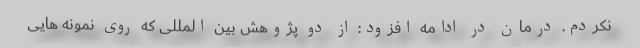
نکردم. درمان در ادامه افزود: از دو پژوهش بین المللی که روی نمونه هایی